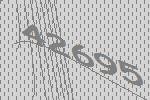
42695